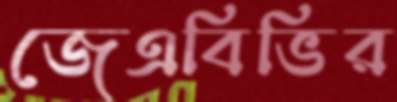
জেএবিভির